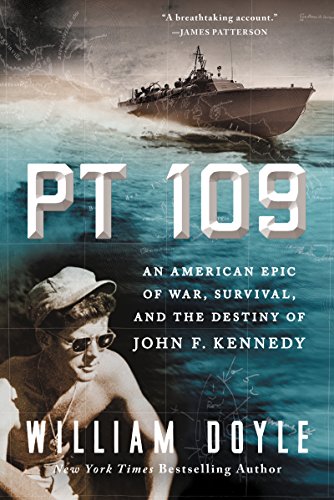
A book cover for PT 109: An American Epic of War, Survival, and the Destiny of John F. Kennedy; William Doyle; Biographies & Memoirs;